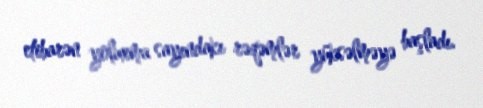
etibarən yoluxma sayındakı rəqəmlər yüksəlməyə başladı.